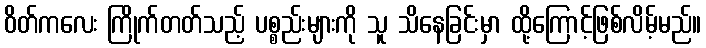
ဝိတ်ကလေး ကြိုက်တတ်သည့် ပစ္စည်းများကို သူ သိနေခြင်းမှာ ထို့ကြောင့်ဖြစ်လိမ့်မည်။